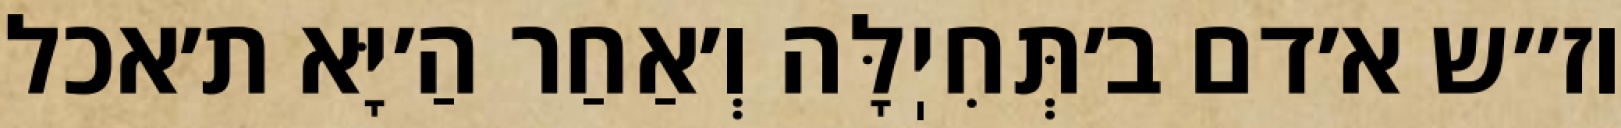
וז״ש א׳דם ב׳תְּחִיֽלָּה וְ׳אַחַר הַ׳יָּא ת׳אכל